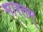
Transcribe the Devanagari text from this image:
भारतम्‌